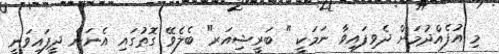
މި އުފެއްދުމަށް ދެވިފައިވާ ނަމަކީ " ބަރީޝިއަރ" ބެލެވޭ ގޮތުގައި އެނަން ދީފައިވަނީ